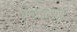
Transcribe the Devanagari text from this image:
कथाकारांची